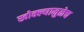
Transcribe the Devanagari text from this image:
खोक्ल्यामुळेच